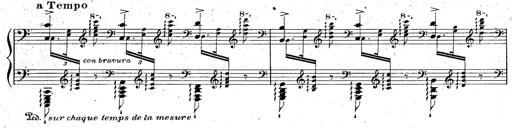
Title: God Save the Queen
Composer: Charles LÃ©on Hess
Key: A major